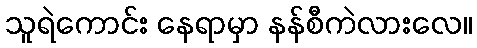
သူရဲကောင်း နေရာမှာ နန်စီကဲလားလေ။